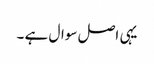
یہی اصل سوال ہے ۔